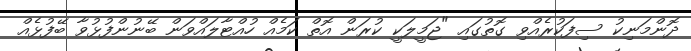
ދޮންމަނިކު ސިފަކުރެއްވި ގޮތުގައި "ޖަމީލަކީ ކުރަން އޮތް ކަމެއް ހުއްޓާލައްވަން ބޭނުންފުޅުވާ ބޭފުޅެއް